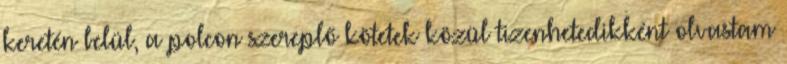
keretén belül, a polcon szereplő kötetek közül tizenhetedikként olvastam